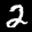
Label: 2